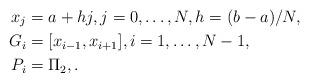
LaTeX: \begin{align*}x_j&=a+hj,j=0,\ldots,N,h=(b-a)/N,\\G_i&=[x_{i-1},x_{i+1}],i=1,\ldots,N-1, \\P_i&=\Pi_2,.\end{align*}